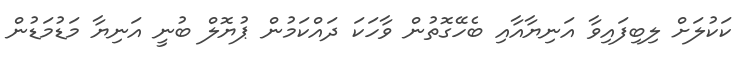
ކަކުލަށް ލިބިފައިވާ އަނިޔާއާއި ބެހޭގޮތުން ވާހަކަ ދައްކަމުން ޕުޔޮލް ބުނީ އަނިޔާ މަޑުމަޑުން